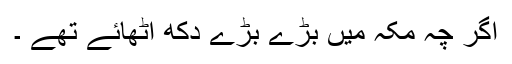
اگر چہ مکہ میں بڑے بڑے دکھ اٹھائے تھے ۔